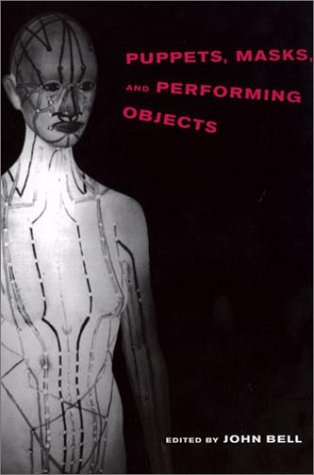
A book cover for Puppets, Masks, and Performing Objects; Crafts, Hobbies & Home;